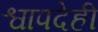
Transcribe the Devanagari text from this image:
श्वापदेही